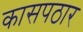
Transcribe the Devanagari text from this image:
कासपठार